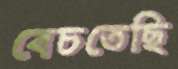
বেচতেছি